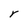
Character: Y